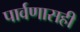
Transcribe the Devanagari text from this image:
पार्वणासही